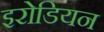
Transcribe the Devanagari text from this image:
इरोडियन